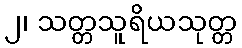
၂၊ သတ္တသူရိယသုတ္တ